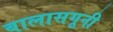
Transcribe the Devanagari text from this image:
बालासगूनी